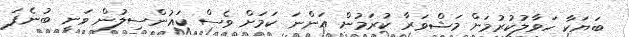
ބަޔަކާ ހަވާލުކުރުމަށް މަޝްވަރާ ކުރަމުން އަންނަ ކަމަށް ވެސް ކައުންސިލުން ވަނީ ބުނެފަ